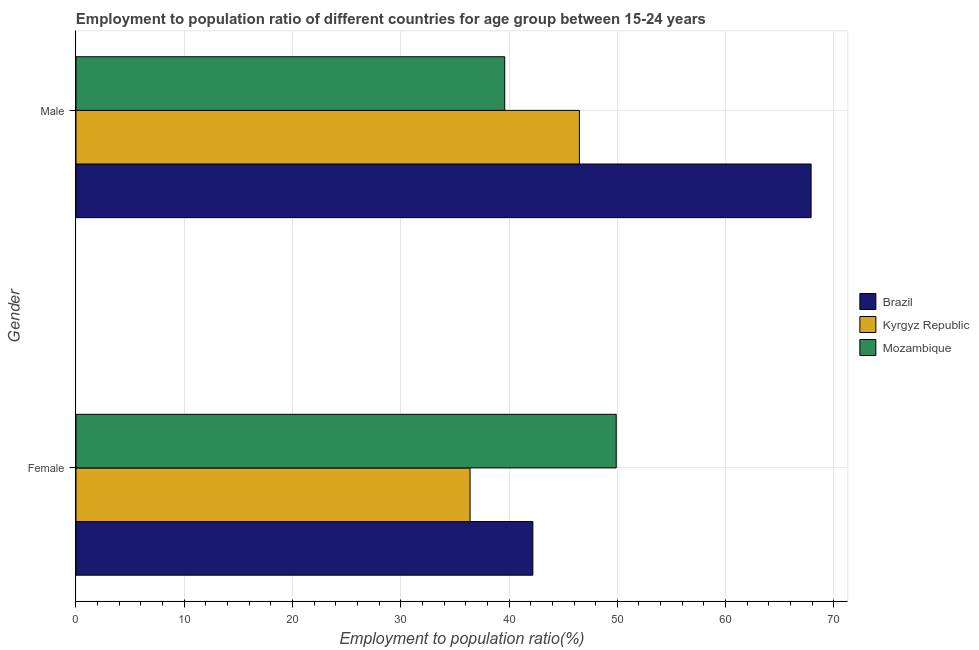
| Gender | Brazil | Kyrgyz Republic | Mozambique |
 | --- | --- | --- | --- |
 | Female | 42.2 | 36.4 | 49.9 |
 | Male | 67.9 | 46.5 | 39.6 |